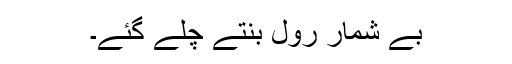
بے شمار رول بنتے چلے گئے۔